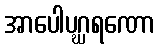
အာပေါပဂ္ဃရဏော